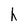
Character: h